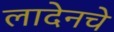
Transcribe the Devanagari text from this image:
लादेनचे